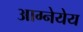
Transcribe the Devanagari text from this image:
आग्नेयेय